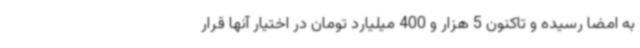
به امضا رسیده و تاکنون 5 هزار و 400 میلیارد تومان در اختیار آنها قرار